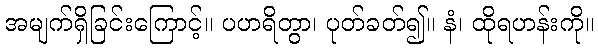
အမျက်ရှိခြင်းကြောင့်။ ပဟရိတွာ၊ ပုတ်ခတ်၍။ နံ၊ ထိုရဟန်းကို။